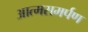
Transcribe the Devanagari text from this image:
आत्‍मसमर्पण